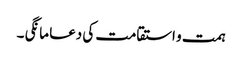
ہمت و استقامت کی دعا مانگی ۔